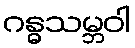
ဂန္ဓသမ္ဘဝါ